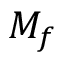
M _ { f }